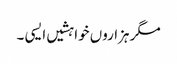
مگر ہزاروں خواہشیں ایسی ۔